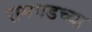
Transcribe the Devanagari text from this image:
रामगडच्या